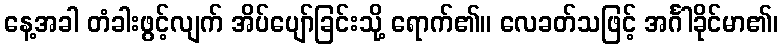
နေ့အခါ တံခါးဖွင့်လျက် အိပ်ပျော်ခြင်းသို့ ရောက်၏။ လေခတ်သဖြင့် အင်္ဂါခိုင်မာ၏၊